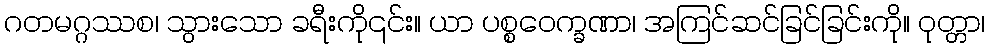
ဂတမဂ္ဂဿစ၊ သွားသော ခရီးကို၎င်း။ ယာ ပစ္စဝေက္ခဏာ၊ အကြင်ဆင်ခြင်ခြင်းကို။ ဝုတ္တာ၊